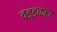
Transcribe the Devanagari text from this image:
वड्डकहा